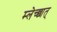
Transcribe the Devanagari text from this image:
म्लेच्छात्